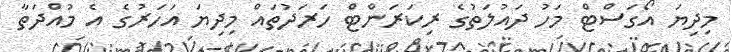
މިދިޔަ އޯގަސްޓް މަހު ދައުލަތުގެ ރިކަރަންޓް ހަރަދުތައް މިދިޔަ އަހަރުގެ އެ މުއްދަތާ